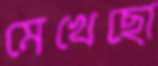
মেখেছো